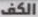
الكف